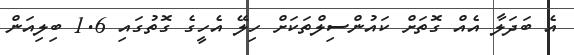
އެ ބަދަލާ އެއް ގޮތަށް ކައުންސިލްތަކަށް ހިލޭ އެހީގެ ގޮތުގައި 1.6 ބިލިއަން